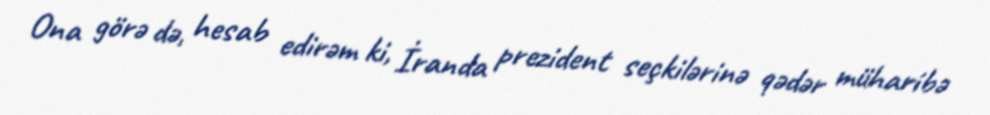
Ona görə də, hesab edirəm ki, İranda prezident seçkilərinə qədər müharibə